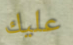
عليك